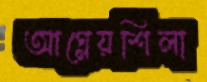
আগ্নেয়শিলা